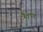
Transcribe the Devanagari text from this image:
त्रैवृष्ण